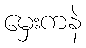
မှေးကနဲ